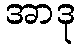
အာဒု